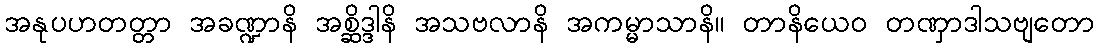
အနုပဟတတ္တာ အခဏ္ဍာနိ အစ္ဆိဒ္ဒါနိ အသဗလာနိ အကမ္မာသာနိ။ တာနိယေဝ တဏှာဒါသဗျတော